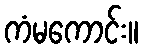
ကံမကောင်း။